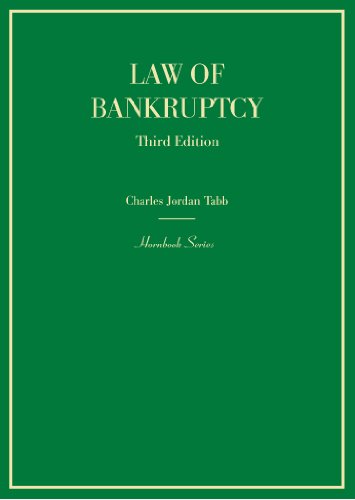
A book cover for Law of Bankruptcy (Hornbook); Charles Tabb; Law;